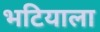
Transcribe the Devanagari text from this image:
भटियाला